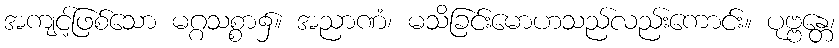
အကျင့်ဖြစ်သော မဂ္ဂသစ္စာ၌။ အညာဏံ၊ မသိခြင်းမောဟသည်လည်းကောင်း။ ပုဗ္ဗန္တေ၊